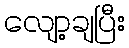
လျော့ချပြီး